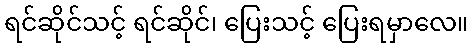
ရင်ဆိုင်သင့် ရင်ဆိုင်၊ ပြေးသင့် ပြေးရမှာလေ။